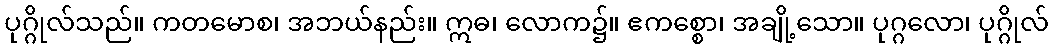
ပုဂ္ဂိုလ်သည်။ ကတမောစ၊ အဘယ်နည်း။ ဣဓ၊ လောက၌။ ဧကစ္စော၊ အချို့သော။ ပုဂ္ဂလော၊ ပုဂ္ဂိုလ်